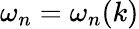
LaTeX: \omega_{n}=\omega_{n}(k)